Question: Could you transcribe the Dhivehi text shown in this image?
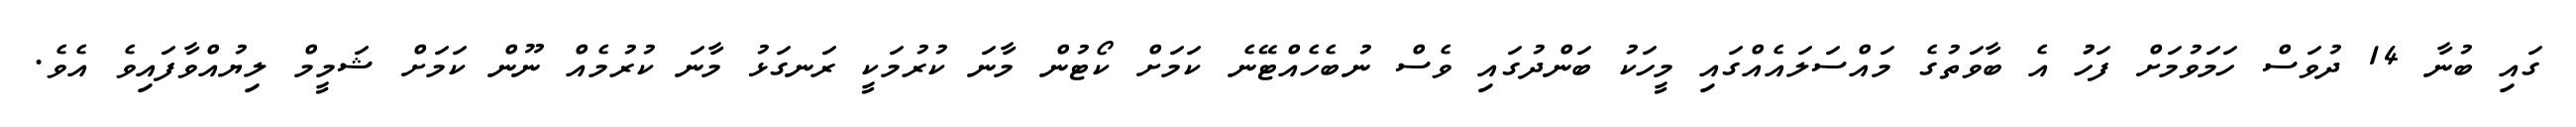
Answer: ގައި ބުނާ 14 ދުވަސް ހަމަވުމަށް ފަހުު އެ ބާވަތުގެ މައްސަލައެއްގައި މީހަކު ބަންދުގައި ވެސް ނުބެހެއްޓޭނެ ކަމަށް ކޯޓުން މާނަ ކުރުމަކީ ރަނގަޅު މާނަ ކުރުމެއް ނޫން ކަމަށް ޝަމީމް ލިޔުއްވާފައިވެ އެވެ.